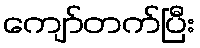
ကျော်တက်ပြီး